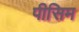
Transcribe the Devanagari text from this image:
पीसिम